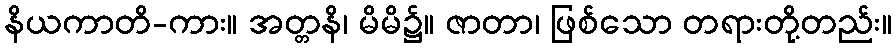
နိယကာတိ-ကား။ အတ္တနိ၊ မိမိ၌။ ဇာတာ၊ ဖြစ်သော တရားတို့တည်း။